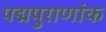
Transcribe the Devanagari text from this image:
पद्मपुराणांक